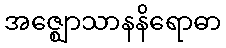
အဇ္ဈောသာနနိရောဓာ